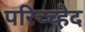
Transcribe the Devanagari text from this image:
परिच्च्हेद